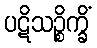
ပဋိသဉ္စိက္ခိံ